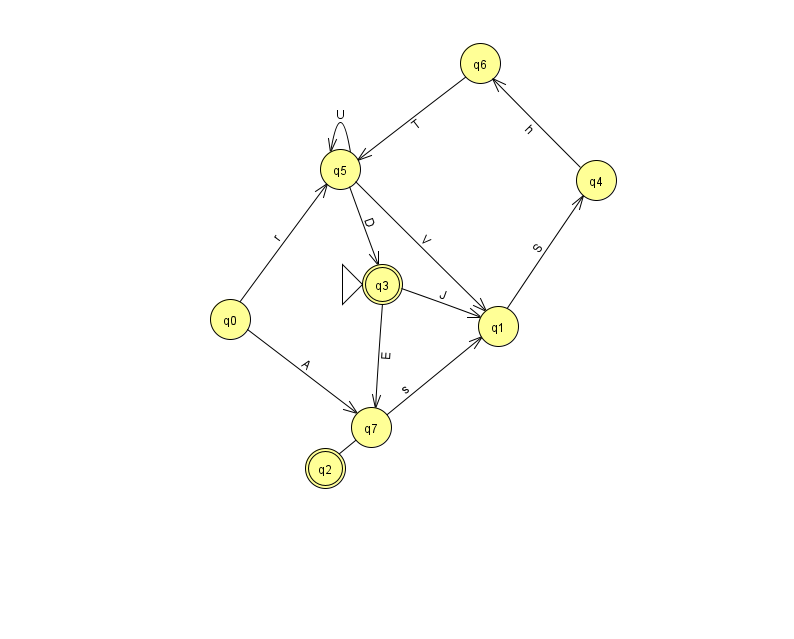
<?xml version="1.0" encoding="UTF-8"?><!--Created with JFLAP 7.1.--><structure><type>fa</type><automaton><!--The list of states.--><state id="0" name="q0"><x>230.0</x><y>306.0</y></state><state id="1" name="q1"><x>498.0</x><y>313.0</y></state><state id="2" name="q2"><x>325.0</x><y>455.0</y><final/></state><state id="3" name="q3"><x>382.0</x><y>271.0</y><initial/><final/></state><state id="4" name="q4"><x>596.0</x><y>167.0</y></state><state id="5" name="q5"><x>340.0</x><y>156.0</y></state><state id="6" name="q6"><x>480.0</x><y>50.0</y></state><state id="7" name="q7"><x>371.0</x><y>414.0</y></state><!--The list of transitions.--><transition><from>3</from><to>7</to><read>E</read></transition><transition><from>1</from><to>4</to><read>S</read></transition><transition><from>3</from><to>1</to><read>J</read></transition><transition><from>5</from><to>3</to><read>D</read></transition><transition><from>5</from><to>5</to><read>U</read></transition><transition><from>2</from><to>1</to><read>s</read></transition><transition><from>5</from><to>1</to><read>V</read></transition><transition><from>4</from><to>6</to><read>h</read></transition><transition><from>0</from><to>7</to><read>A</read></transition><transition><from>0</from><to>5</to><read>r</read></transition><transition><from>6</from><to>5</to><read>T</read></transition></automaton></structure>